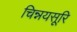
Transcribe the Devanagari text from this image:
चिन्नयसूरि